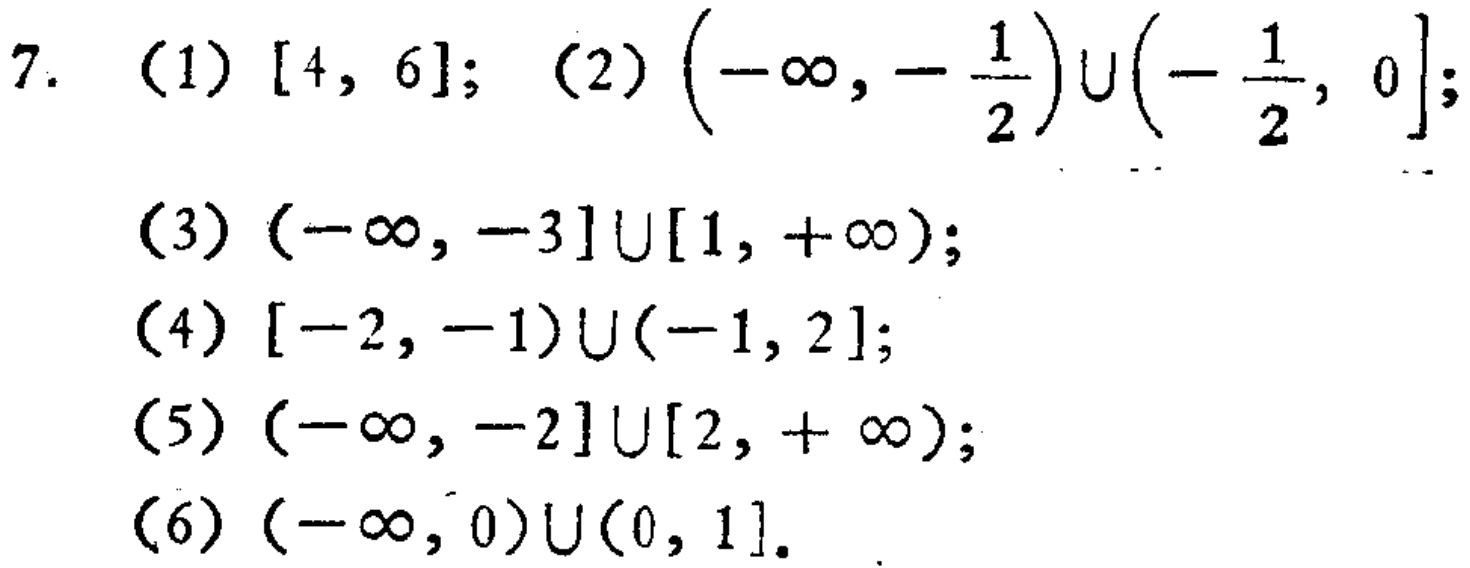
7. (1) $[4,6]$; (2) $\left(-\infty,-\frac{1}{2}\right)\cup\left(-\frac{1}{2},0\right]$;

(3) $(-\infty,-3]\cup[1,+\infty)$;

(4) $[-2,-1)\cup(-1,2]$;

(5) $(-\infty,-2]\cup[2,+\infty)$;

(6) $(-\infty,0)\cup(0,1]$.